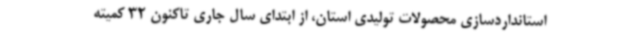
استانداردسازی محصولات تولیدی استان، از ابتدای سال جاری تاکنون 32 کمیته